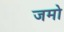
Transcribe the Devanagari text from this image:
जमो